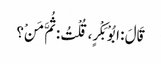
قَالَ : ابُوْ بَکْرٍ، قُلْتُ : ثُمَّ مَنْ؟